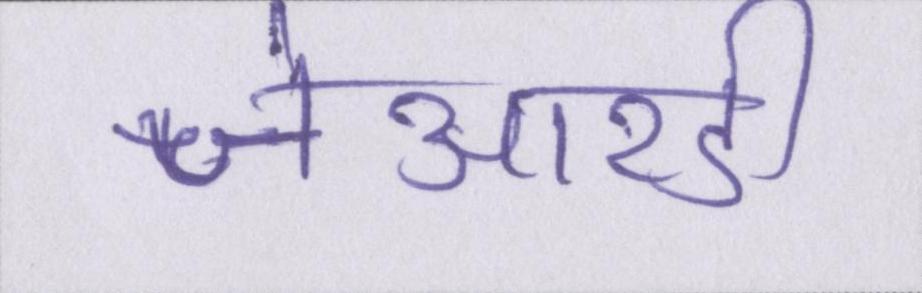
जेआरडी